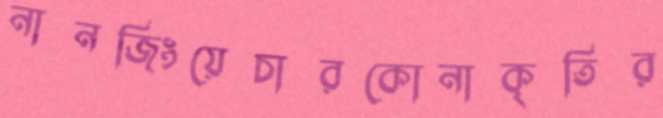
নানজিংয়েচারকোনাকৃতির